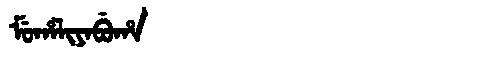
Manchu: ᠮᡠᡥᠠᠯᡳᠶᠠᠪᡠᡥᠠ
Romanization: MUHALIYABUHA